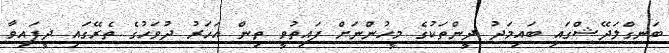
ބަނގްލަދޭޝްގައި ބައިމަދު ދީންތަކުގެ މީހުންނަށް ފައިތުވީ ތިން އަހަރު ދުވަހުގެ ތެރޭގައި ދީފައިވާ